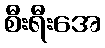
စီးရီးအေ